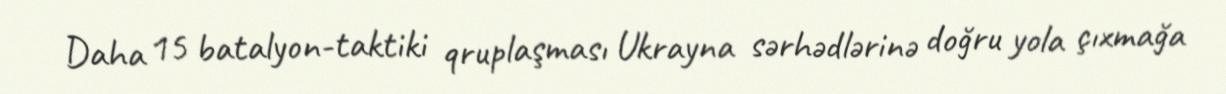
Daha 15 batalyon-taktiki qruplaşması Ukrayna sərhədlərinə doğru yola çıxmağa